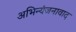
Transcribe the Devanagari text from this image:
अभिन्यंजनावाद